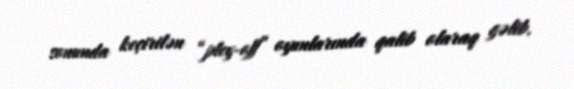
sonunda keçirilən “pley-off” oyunlarında qalib olaraq gəlib.